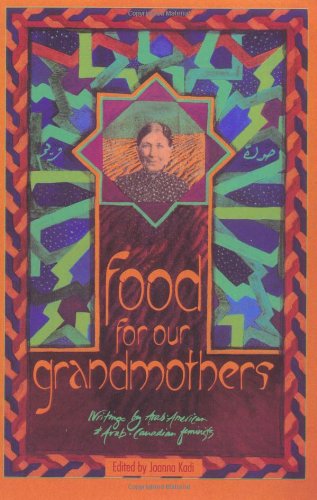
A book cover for Food for Our Grandmothers: Writings by Arab-American and Arab-Canadian Feminists; Literature & Fiction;